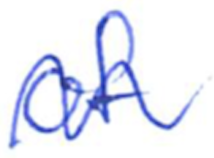
Text: of
Cross-out: wave
Writing tool: ballpoint